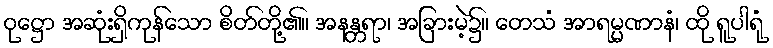
ဝုဋ္ဌော အဆုံးရှိကုန်သော စိတ်တို့၏။ အနန္တရာ၊ အခြားမဲ့၌။ တေသံ အာရမ္မဏာနံ၊ ထို ရူပါရုံ